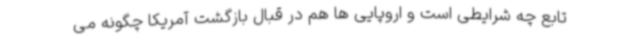
تابع چه شرایطی است و اروپایی ها هم در قبال بازگشت آمریکا چگونه می